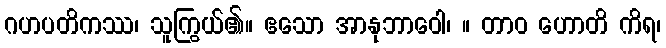
ဂဟပတိကဿ၊ သူကြွယ်၏။ ဧသော အာနုဘာဝေါ၊ ။ တာဝ ဟောတိ ကိရ၊